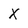
Character: X